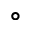
^ \circ